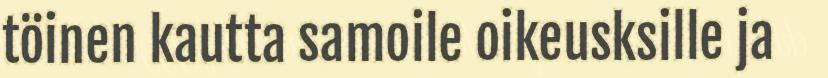
töinen kautta samoile oikeusksille ja